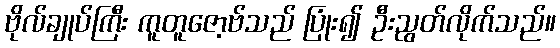
ဗိုလ်ချုပ်ကြီး ကူတူဇော့ဗ်သည် ပြုံး၍ ဦးညွတ်လိုက်သည်။